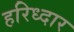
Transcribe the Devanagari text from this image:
हरिध्दार